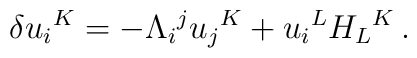
\delta u_i{}^K=  - \Lambda_i{}^j u_j{}^K +u_i{}^L H_L{}^K\,.